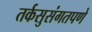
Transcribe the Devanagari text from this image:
तर्कसुसंगतपणे